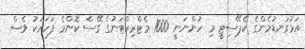
އަޅުގަނޑުމެންގެ ކެޕޭސިޓީ މި ހުންނަނީ 1000 މެޓްރިކްޓަނުގެ ގޭސް ކޮންމެ ފަހަރަކު ވެސް